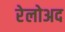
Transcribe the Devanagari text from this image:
रेलोअद